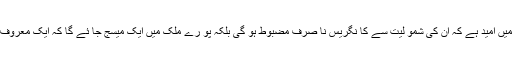
انہوں نے کہا کہ دہلی کا انچارج ہو نے کی حیثیت سے ہم ان کا استقبال کر تے ہیں ہمیں امید ہے کہ ان کی شمو لیت سے کا نگریس نا صرف مضبوط ہو گی بلکہ پو رے ملک میں ایک میسج جا ئے گا کہ ایک معروف لیڈر کا نگر یس میں شا مل ہوا ہے اس سے کا نگر یس کی ساکھ اور مظبوط ہو گی۔